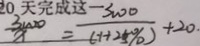
\frac { 3 0 0 0 } { x } = \frac { 3 0 0 0 } { 1 + 2 5 \% } + 2 0 .